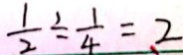
\frac { 1 } { 2 } \div \frac { 1 } { 4 } = 2